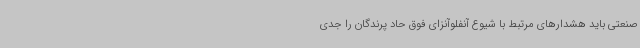
صنعتی باید هشدارهای مرتبط با شیوع آنفلوآنزای فوق حاد پرندگان را جدی